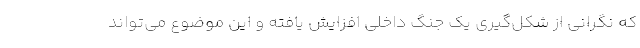
که نگرانی از شکل‌گیری یک جنگ داخلی افزایش یافته و این موضوع می‌تواند